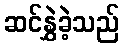
ဆင်နွှဲခဲ့သည်